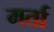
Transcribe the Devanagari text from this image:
मर्ता